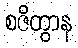
စဇိတွာန